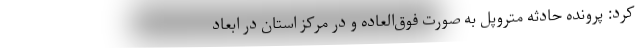
کرد: پرونده حادثه متروپل به صورت فوق‌العاده و در مرکز استان در ابعاد